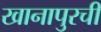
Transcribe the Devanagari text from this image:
खानापुरची